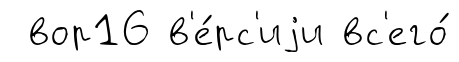
вор16 в'е́рс'иjи вс'его́